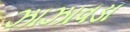
ઝાઝાવડા